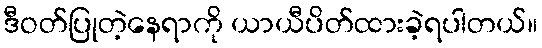
ဒီဝတ်ပြုတဲ့နေရာကို ယာယီပိတ်ထားခဲ့ရပါတယ်။